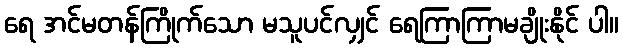
ရေ အင်မတန်ကြိုက်သော မသူပင်လျှင် ရေကြာကြာမချိုးနိုင် ပါ။